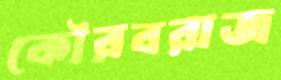
কৌরবরাজ